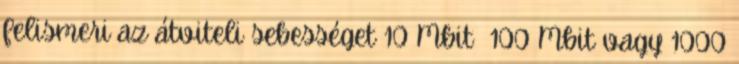
felismeri az átviteli sebességet 10 Mbit 100 Mbit vagy 1000